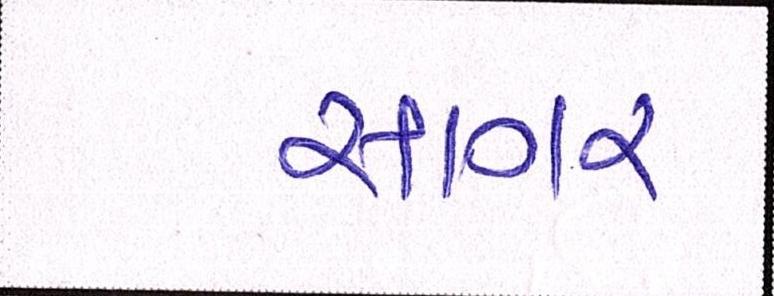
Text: સાગર